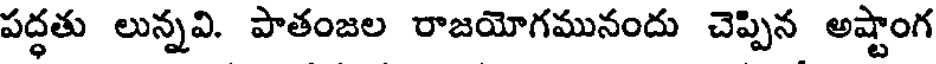
పద్ధతు లున్నవి. పాతంజల రాజయోగమునందు చెప్పిన అష్టాంగ